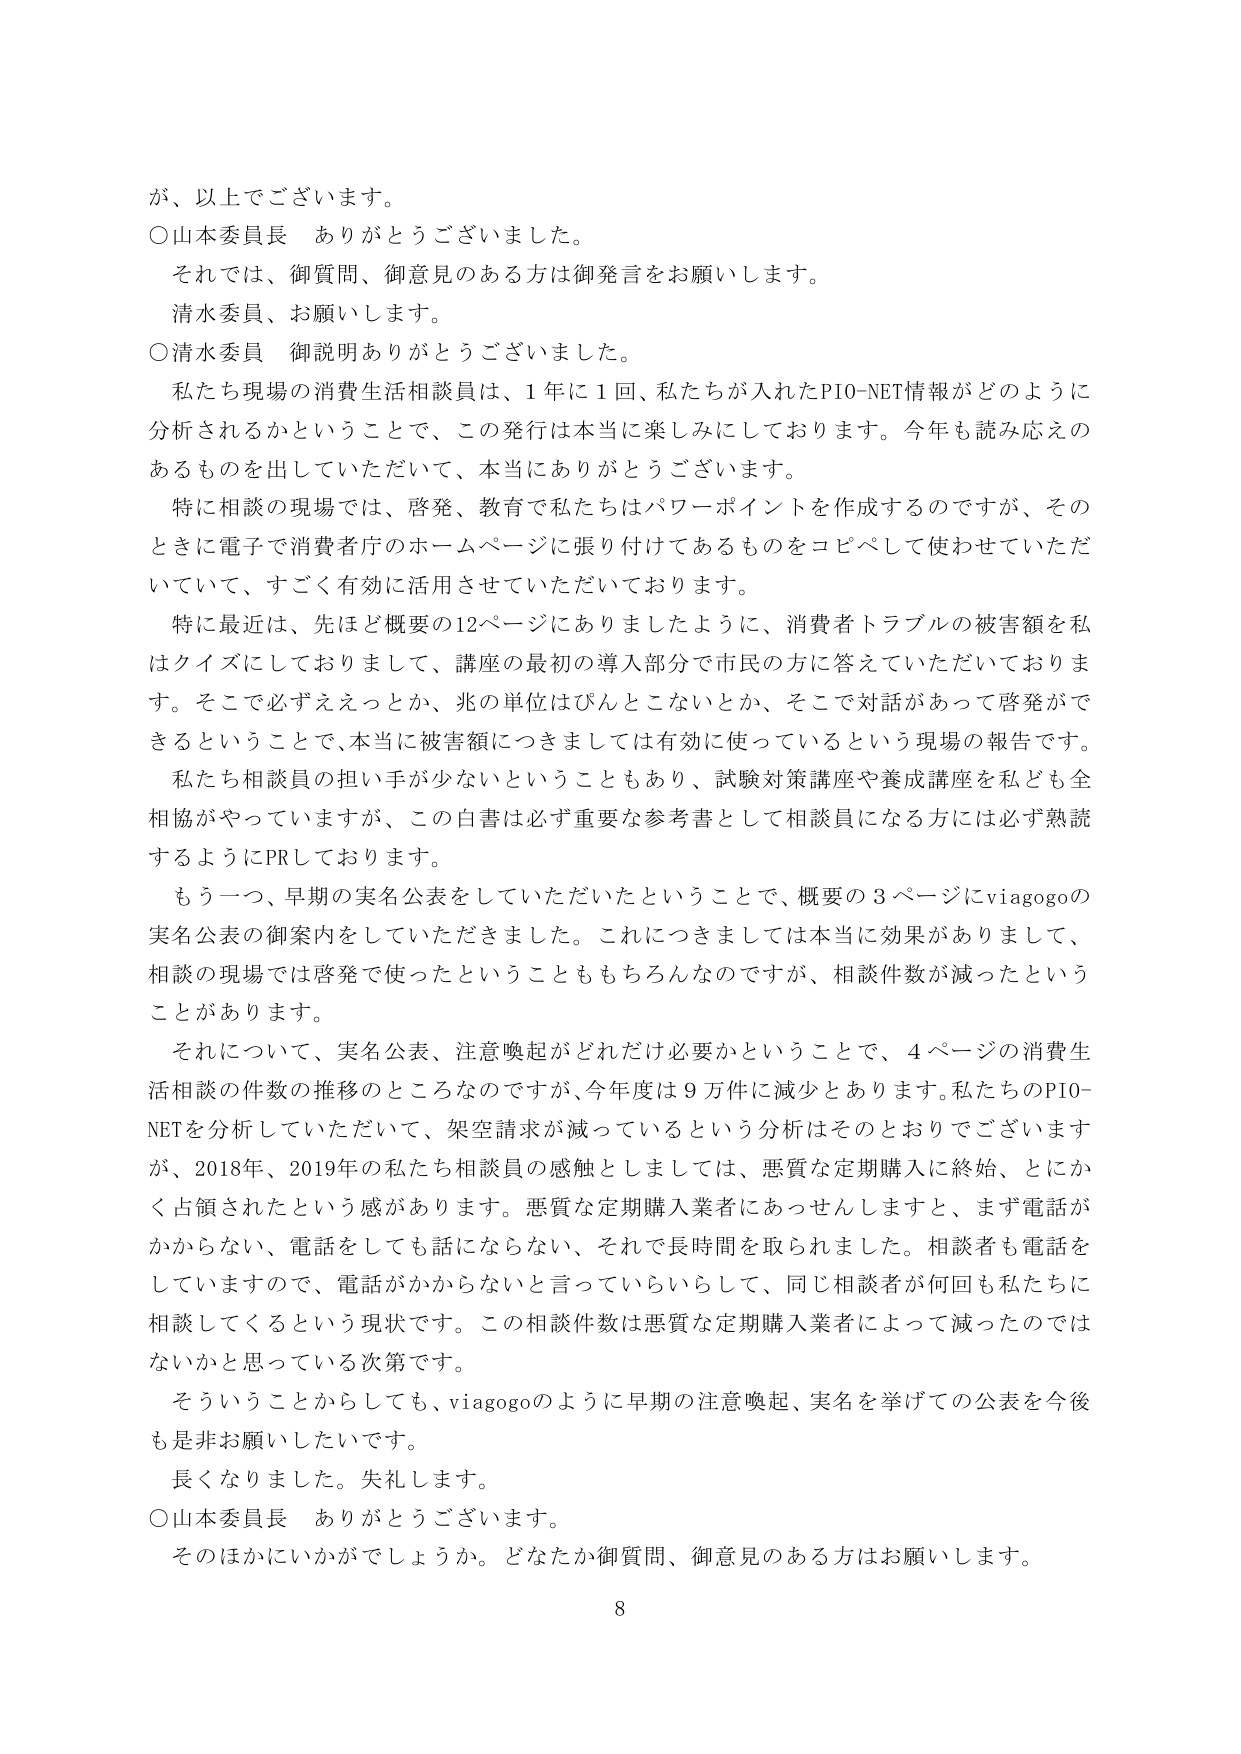
が、以上でございます。
○山本委員長　ありがとうございます。
　それでは、御質問、御意見のある方は御発言をお願いします。
　清水委員、お願いします。
○清水委員　御説明ありがとうございました。
　私たち現場の消費生活相談員は、1年に1回、私たちが入れたPIO-NET情報がどのように分析されるかということで、この発行は本当に楽しみにしております。今年も読み応えのあるものを出していただいて、本当にありがとうございます。
　特に相談の現場では、啓発、教育で私たちはパワーポイントを作成するのですが、そのときに電子で消費者庁のホームページに張り付けてあるものをコピペして使わせていただいていて、すごく有効に活用させていただいております。
　特に最近は、先ほど概要の12ページにありましたように、消費者トラブルの被害額を私はクイズにしておりまして、講座の最初の導入部分で市民の方に答えていただいております。そこで必ずええっとか、兆の単位はぴんとこないとか、そこで対話があって啓発ができるということで、本当に被害額につきましては有効に使っているという現場の報告です。
　私たち相談員の担い手が少ないということもあり、試験対策講座や養成講座を私ども全相協がやっていますが、この白書は必ず重要な参考書として相談員になる方には必ず熟読するようにPRしております。
　もう一つ、早期の実名公表をしていただいたということで、概要の3ページにviagogoの実名公表の御案内をしていただきました。これにつきましては本当に効果がありまして、相談の現場では啓発で使ったということももちろんなのですが、相談件数が減ったということがあります。
　それについて、実名公表、注意喚起がどれだけ必要かということで、4ページの消費生活相談の件数の推移のところなのですが、今年度は9万件に減少とあります。私たちのPIO-NETを分析していただいて、架空請求が減っているという分析はそのとおりでございますが、2018年、2019年の私たち相談員の感触としましては、悪質な定期購入に終始、とにかく占領されたという感があります。悪質な定期購入業者にあっせんしますと、まず電話がかからない、電話をしても話にならない、それで長時間を取られました。相談者も電話をしていますので、電話がかからないと言っていらっしゃって、同じ相談者が何回も私たちに相談してくるという現状です。この相談件数は悪質な定期購入業者によって減ったのではないかと思っている次第です。
　そういうことからしても、viagogoのように早期の注意喚起、実名を挙げての公表を今後も是非お願いしたいです。
　長くなりました。失礼します。
○山本委員長　ありがとうございます。
　そのほかにいかがでしょうか。どなたか御質問、御意見のある方はお願いします。
8